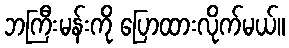
ဘကြီးမန်းကို ပြောထားလိုက်မယ်။